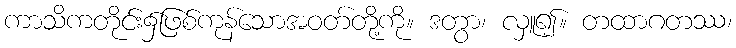
ကာသိကတိုင်း၌ဖြစ်ကုန်သောအဝတ်တို့ကို။ ဒတွာ၊ လှူ၍။ တထာဂတဿ၊